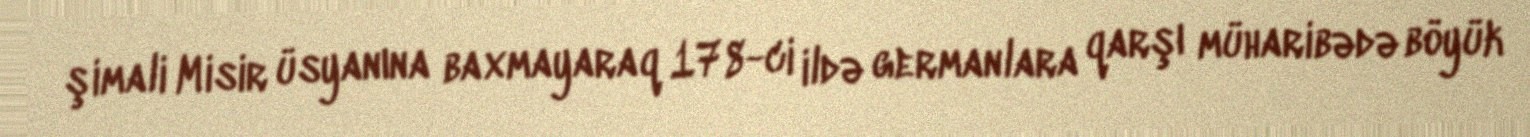
şimali Misir üsyanına baxmayaraq 178-ci ildə germanlara qarşı müharibədə böyük